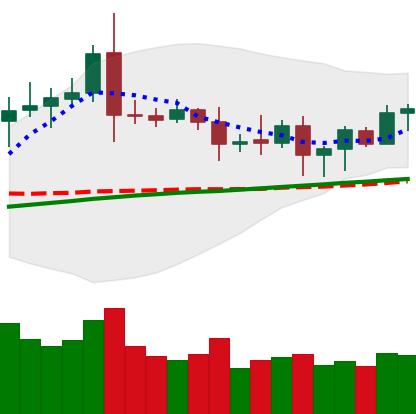
Ticker: ETC-USD
Chart end date: 2020-08-16
Forward return: -7.991%
Label: down_7plus